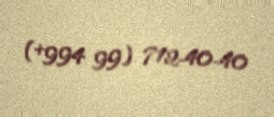
(+994 99) 712-40-40